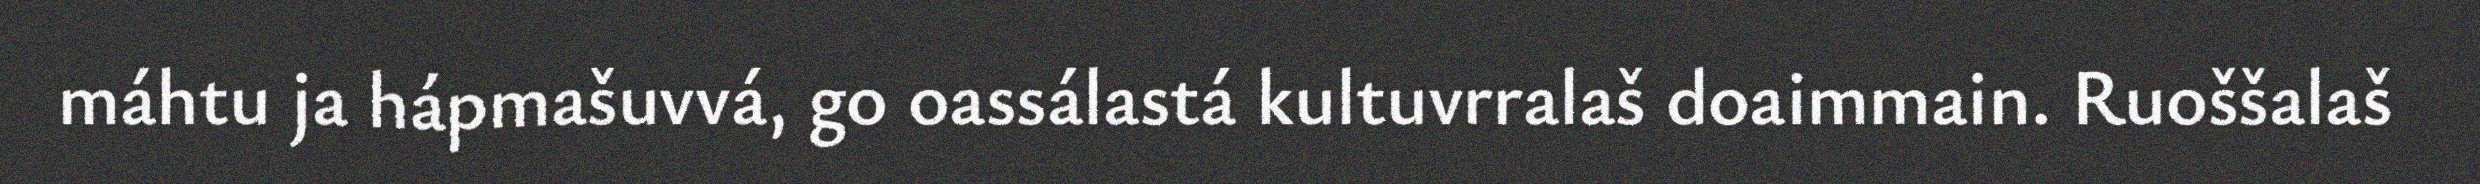
máhtu ja hápmašuvvá, go oassálastá kultuvrralaš doaimmain. Ruoššalaš